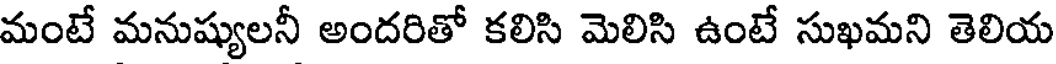
మంటే మనుష్యులనీ అందరితో కలిసి మెలిసి ఉంటే సుఖమని తెలియ